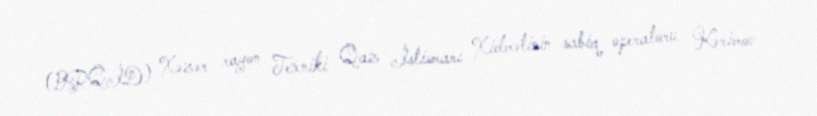
(BRQİD) Xəzər rayon Texniki Qaz İstismarı Xidmətinin sabiq operatoru Kərimov